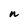
Character: n